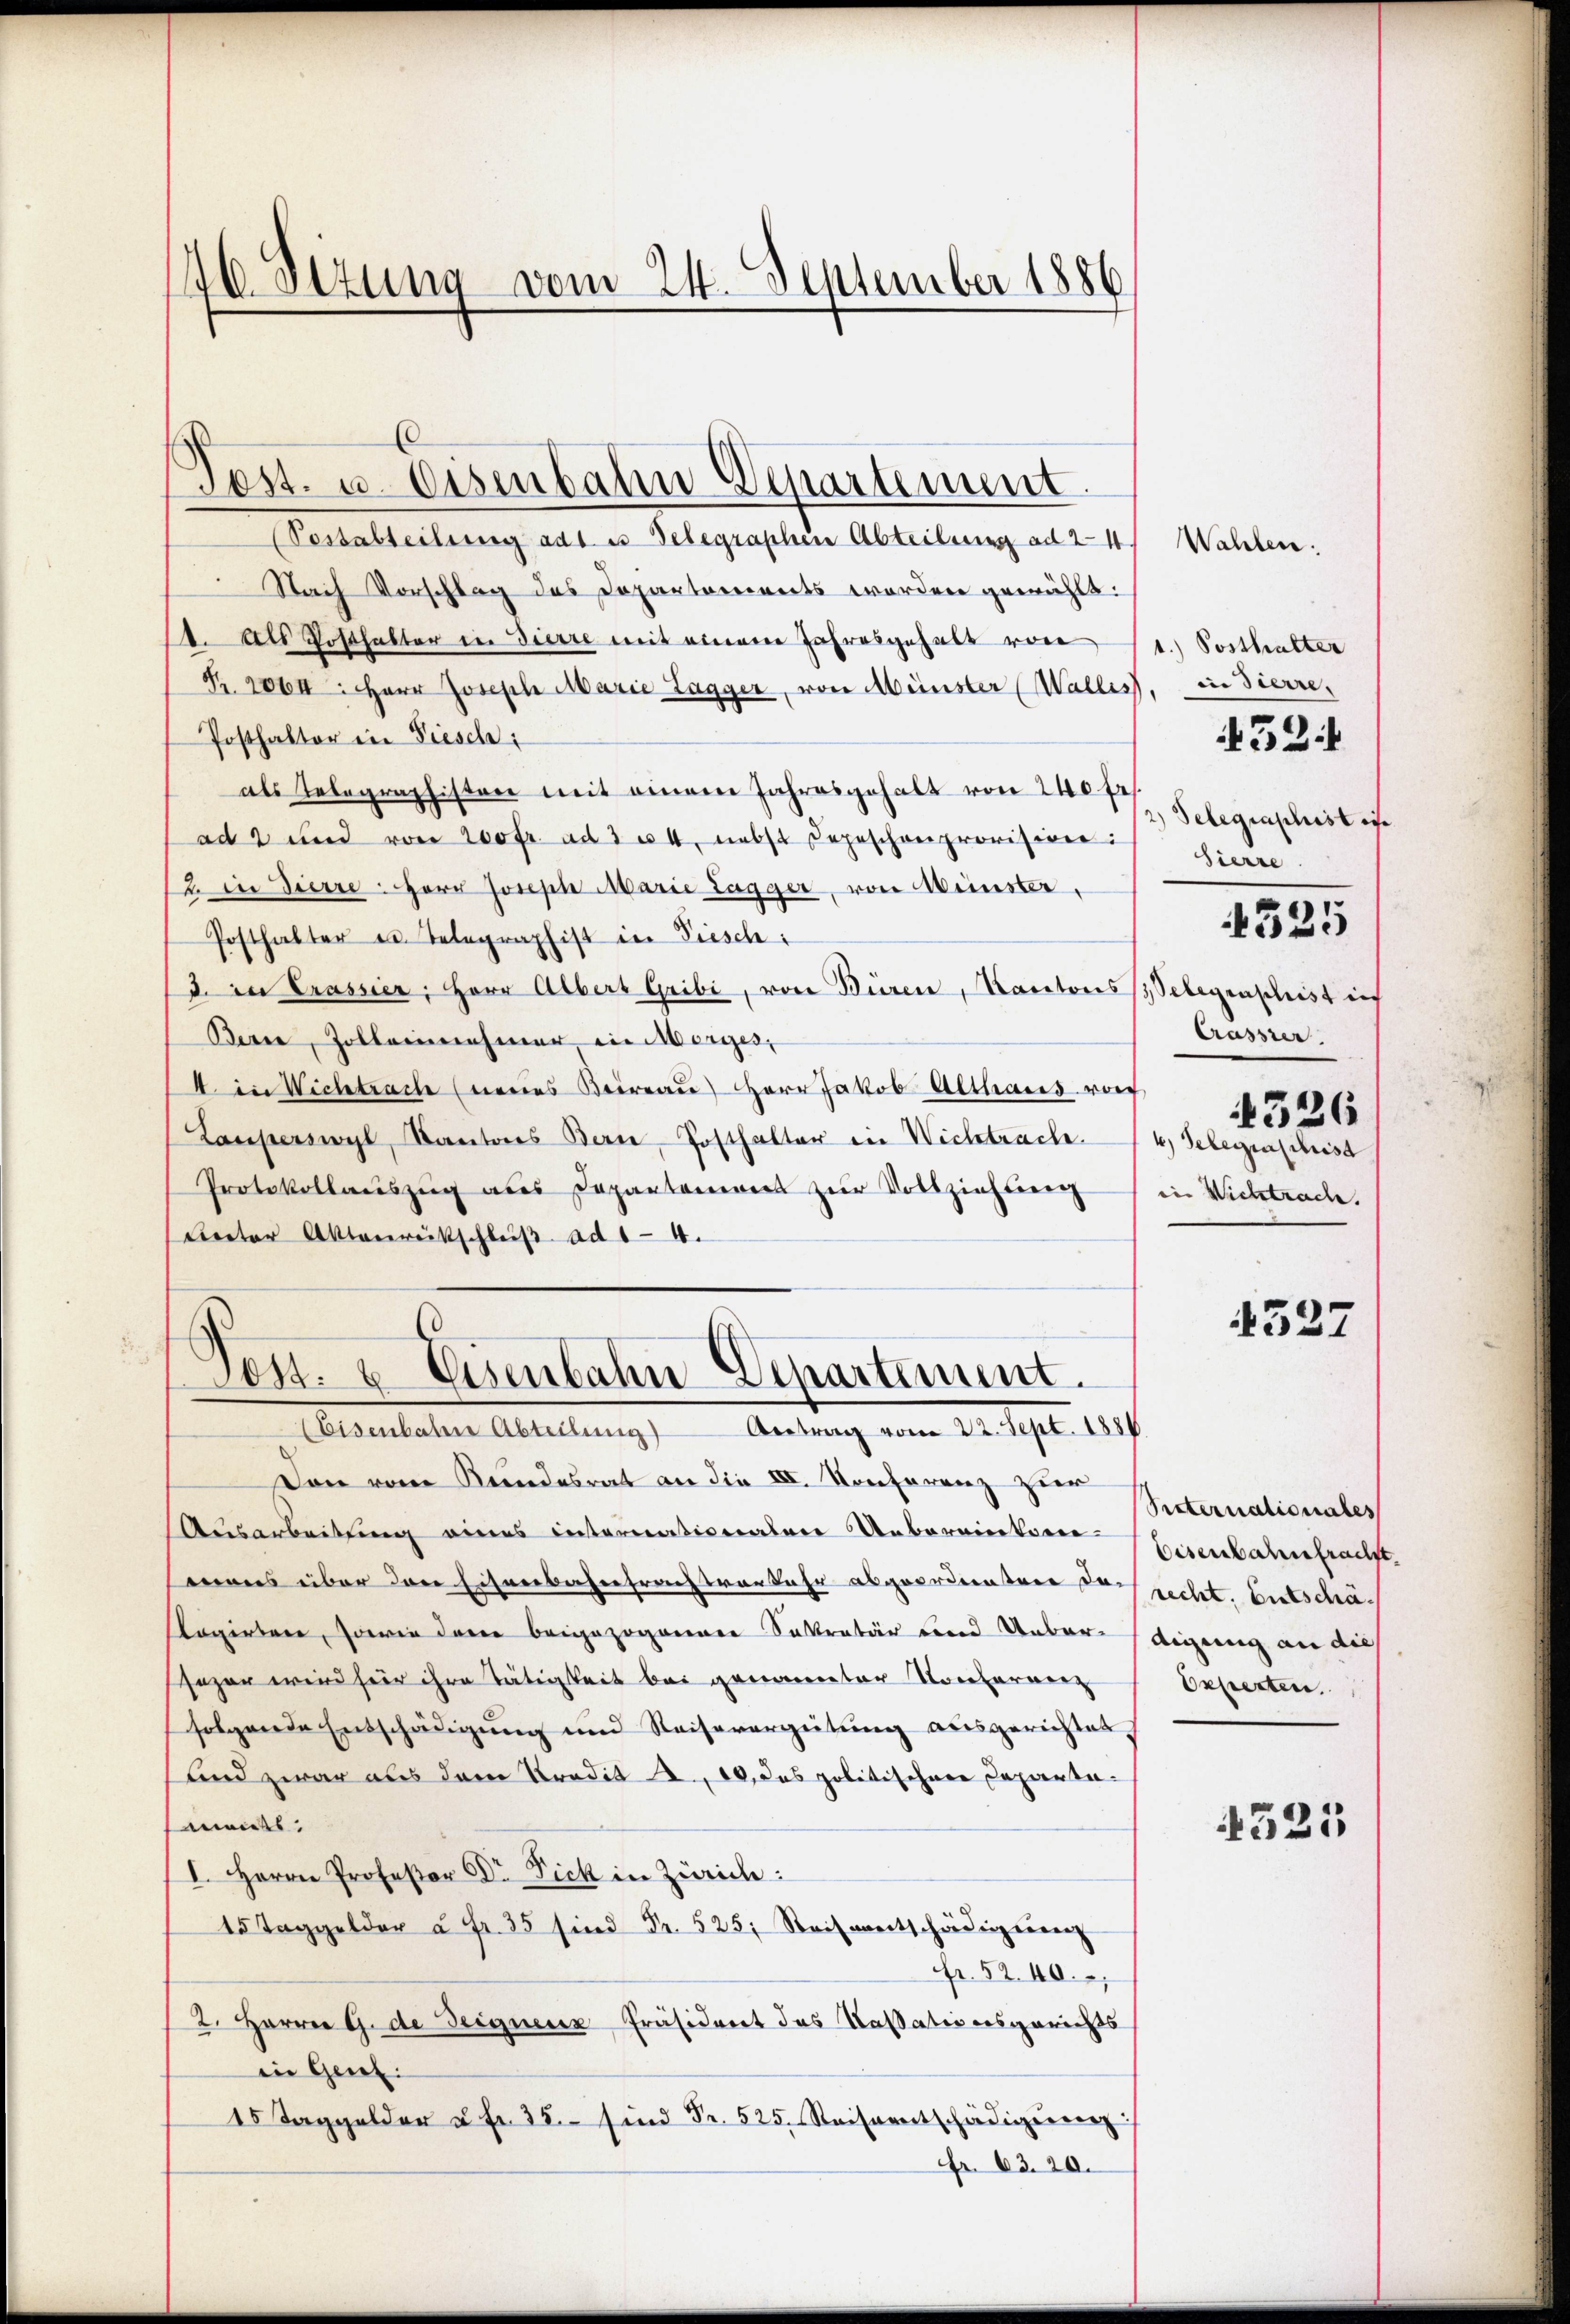
46. Sezung vom 24. September 1886

Pestabteilung adt es Telegraphen Abteilung ad 24
Nach Vorschlag des Departements worden gewählt:
1. Als Posthalter in Tierre mit einem Jahresgehalt von St. Posthalter
Pr. 2064: Herr Joseph Marie Lagger, von Münster (Wallis, in dierre,
Posthaktor in Fiesch
als Telegraphisten mit einem Jahresgehalt von 240 fr
ad 2 und von 200fr. ad 3 u 4, nebst Depeschon provision:
2. in Zierre Herr Joseph Marie Lagger, von Münster,
Posthalter u. Telegraphist in Fiesch
3. in Prassier, Herr Albert Gribi, von Büren, Kantons Belegenschrist ei
Berne, Zollernehmer in Morges,
4. in Wichtrach (neues Beirau) Herr Jakob Althaus roch
Lauperswyl, Kantons Bern-Posthalter in Wichtrache.
Protokollauszug aus Depantaniens zur Vollziehtieng
Creter Aktenreitschluß ad 1-4.

Pest. u. Eisenbahn-Departement.

Post. u. Eisenbahn Departiment.
Eisenbaten Abteilŭng Antrag vom 22. Sept. 1886

Den vom Kundesrat an die IV. Konferenz zur
Ausarbeitung eines internationalen Uebereinkorre-
mons über den Eisenbahntrachtverkehr abgeordenten doch recht. Entschäogirtere, sowie dann beigezogener Sekretär und Ueberdigung an dies
sazer wird für ihre Tätigkeit bei genannter Vocesarmen
folgende Entschädigung und Reisererzeitung ausgerichtet
und zwar aus dem Predit 2., 10, das politischen Departemendes:
I. Herrn Professor Dr. Fick in Zürich:
15 Taggelder u. fr. 35 Fr. 25. Reiheitschädigenen
Fr. 5240.
2. Herrn G. de Seignerer Präsident das Kassationsgerichts
in Gent:
15 Taggelder u. fr. 35. sind Fr. 525. Reiseentschädigerenz
Fr. 63. 20.

Wahlen:
2) Telegraphist is
Sierre
4525
Crassier
326
4) Gelegenschrist
iin Wichtrache.

32

4327

Setternationales
Eisenbahnfracht.
Experten.

4525